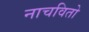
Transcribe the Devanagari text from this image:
नाचवितो